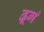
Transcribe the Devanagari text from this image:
ढ़्गं